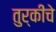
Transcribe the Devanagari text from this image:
तुर्कींचे